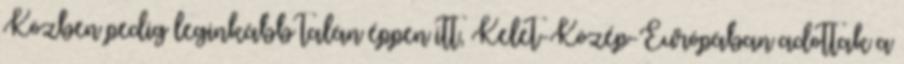
Közben pedig leginkább talán éppen itt, Kelet-Közép-Európában adottak a